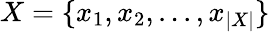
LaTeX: X=\{ x_{1},x_{2},...,x_{|X|}\}